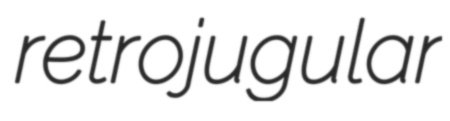
retrojugular